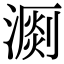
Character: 𣽄